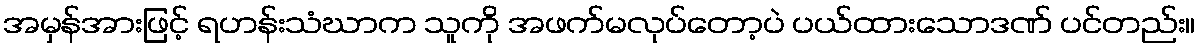
အမှန်အားဖြင့် ရဟန်းသံဃာက သူကို အဖက်မလုပ်တော့ပဲ ပယ်ထားသောဒဏ် ပင်တည်း။